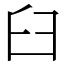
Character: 臼